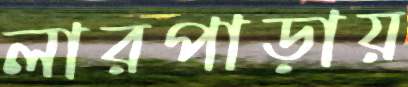
লারপাড়ায়